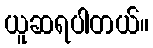
ယူဆရပါတယ်။